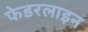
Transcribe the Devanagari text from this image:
फेडरलाइन